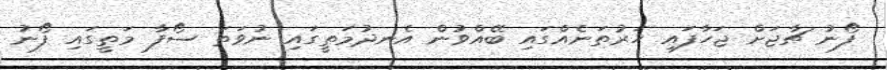
ފޯނު ޗާޖަށް ޖަހާފައި ހަރުތަނެއްގައި ބޭއްވުން އެނދުމަތީގައި ނުވަތަ ސޯފާ މަތީގައި ފޯނު